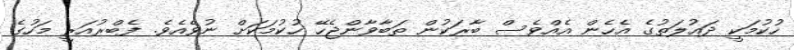
ހުކުމަކީ ދައުލަތުގެ އެހެން އެއްވެސް ބާރަކުން ތަބާވާންޖެހޭ ހުކުމަކަށް ނުވެއެވެ. ފެބްރުއަރީ މަހުގެ